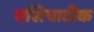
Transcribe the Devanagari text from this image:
एशियाटीक